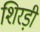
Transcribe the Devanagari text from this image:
शिरड़ी